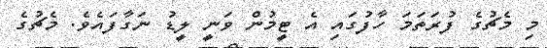
މި މެޗުގެ ފުރަތަމަ ހާފުގައި އެ ޓީމުން ވަނީ ލީޑު ނަގާފައެވެ. މެޗުގެ